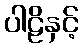
ပါဠိနှင့်